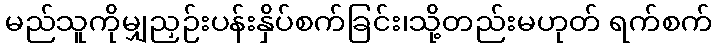
မည်သူကိုမျှညှဉ်းပန်းနှိပ်စက်ခြင်း၊သို့တည်းမဟုတ် ရက်စက်